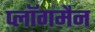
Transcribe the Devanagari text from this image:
प्लॉगमैन